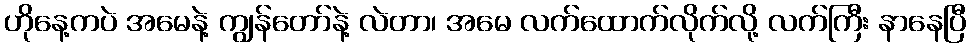
ဟိုနေ့ကပဲ အမေနဲ့ ကျွန်တော်နဲ့ လဲတာ၊ အမေ လက်ထောက်လိုက်လို့ လက်ကြီး နာနေပြီ